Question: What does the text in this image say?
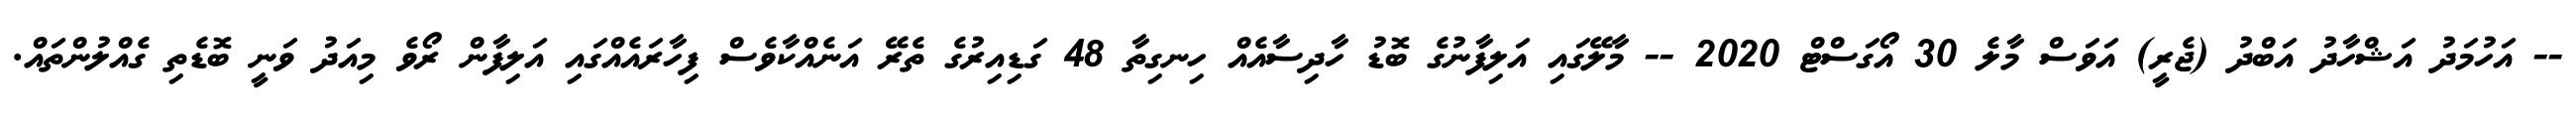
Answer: -- އަހުމަދު އަޝްހާދު އަބްދު (ޖެރީ) އަވަސް މާލެ 30 އޯގަސްޓް 2020 -- މާލޭގައި އަލިފާނުގެ ބޮޑު ހާދިސާއެއް ހިނގިތާ 48 ގަޑިއިރުގެ ތެރޭ އަނެއްކާވެސް ފިހާރައެއްގައި އަލިފާން ރޯވެ މިއަދު ވަނީ ބޮޑެތި ގެއްލުންތައް.